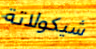
شيكولاتة